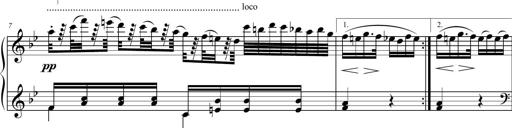
Title: 2 Sonatines faciles et brillantes pour le piano-forte seul
Composer: Carl Czerny